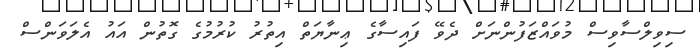
ސިވިލްސާވިސް މުވައްޒަފުންނަށް ދެވޭ ފައިސާގެ ޢިނާޔަތް އިތުރު ކުރުމުގެ ގޮތުން އައު އެލަވަންސް